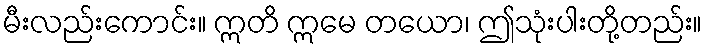
မီးလည်းကောင်း။ ဣတိ ဣမေ တယော၊ ဤသုံးပါးတို့တည်း။